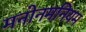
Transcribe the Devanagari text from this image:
मनोनमनियम